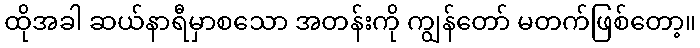
ထိုအခါ ဆယ်နာရီမှာစသော အတန်းကို ကျွန်တော် မတက်ဖြစ်တော့။